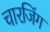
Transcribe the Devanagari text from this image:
चारजिंग